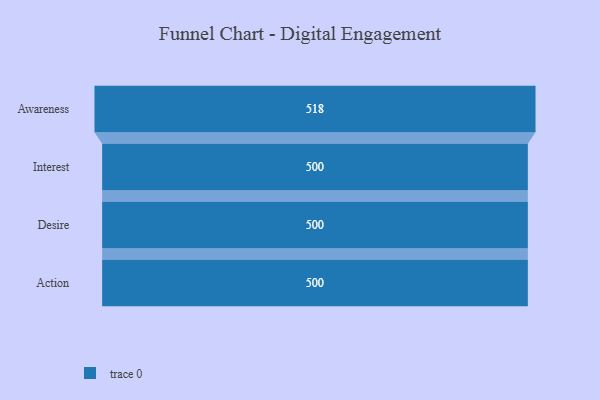
{"axis": {"x": "Stage", "y": "Value"}, "legend": [""], "data": [{"x": "Awareness", "y": 518.0, "type": ""}, {"x": "Interest", "y": 500, "type": ""}, {"x": "Desire", "y": 500, "type": ""}, {"x": "Action", "y": 500, "type": ""}]}